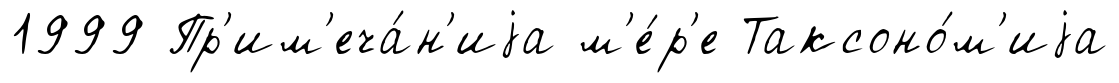
1999 Пр'им'еча́н'иjа м'е́р'е Таксоно́м'иjа